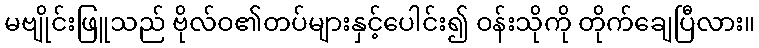
မဗျိုင်းဖြူသည် ဗိုလ်ဝ၏တပ်များနှင့်ပေါင်း၍ ဝန်းသိုကို တိုက်ချေပြီလား။